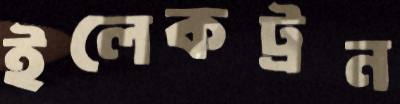
ইলেকট্রন